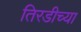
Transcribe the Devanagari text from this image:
तिरडीच्या